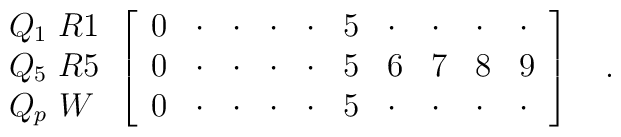
{\begin{array}{l}Q_1 \ R1 \\ Q_5\ R5 \\ Q_p \ W \end{array}}\left[ {\begin{array}{llllllllll} 0 & \cdot & \cdot & \cdot & \cdot & 5 & \cdot & \cdot & \cdot & \cdot  \\ 0 & \cdot & \cdot & \cdot & \cdot & 5 & 6 & 7 & 8 & 9 \\ 0 & \cdot & \cdot & \cdot & \cdot & 5 & \cdot & \cdot & \cdot & \cdot   \end{array}}\right] \quad .